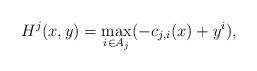
LaTeX: \begin{align*}H^j(x,y)=\max_{i\in A_j}(-c_{j,i}(x)+y^i),\end{align*}